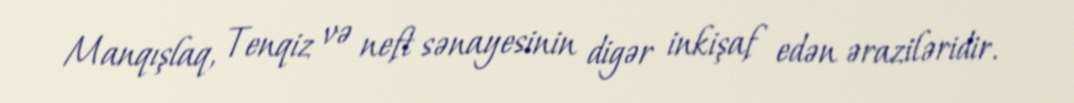
Manqışlaq, Tenqiz və neft sənayesinin digər inkişaf edən əraziləridir.